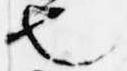
也